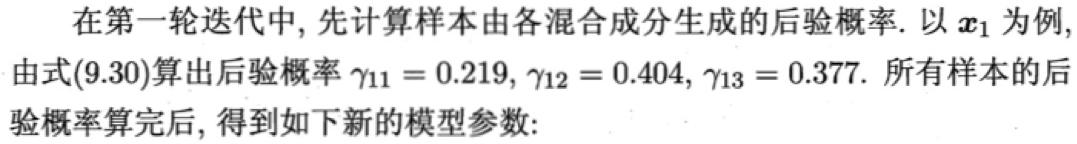
在第一轮迭代中, 先计算样本由各混合成分生成的后验概率. 以 $\boldsymbol{x}_1$ 为例, 由式(9.30)算出后验概率 $\gamma_{11}=0.219, \gamma_{12}=0.404, \gamma_{13}=0.377$. 所有样本的后验概率算完后, 得到如下新的模型参数: